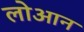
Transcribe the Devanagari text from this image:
लोआन